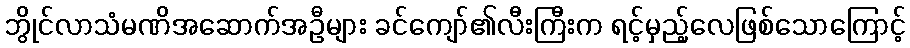
ဘွိုင်လာသံမဏိအဆောက်အဦများ ခင်ကျော်၏လီးကြီးက ရင့်မှည့်လေဖြစ်သောကြောင့်